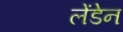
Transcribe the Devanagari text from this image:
लेंडेन